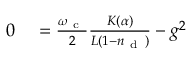
\begin{array} { r l } { 0 } & { { } = \frac { \omega _ { \mathrm { ~ c ~ } } } { 2 } \frac { K ( \alpha ) } { L ( 1 - n _ { \mathrm { ~ d ~ } } ) } - g ^ { 2 } } \end{array}